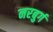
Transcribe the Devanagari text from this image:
नरबुर्ग